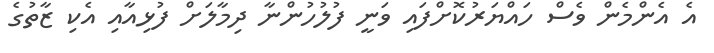
އެ އެންމެން ވެސް ހައްޔަރުކޮށްފައި ވަނީ ފުލުހުންނާ ދިމާލަށް ފުޅިއާއި އެކި ޒާތުގެ